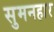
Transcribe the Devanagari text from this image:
सुमनहार